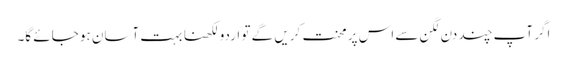
اگر آپ چند دن لگن سے اس پر محنت کریں گے تو اردو لکھنا بہت آسان ہو جائے گا۔